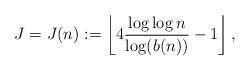
LaTeX: \begin{align*}J = J(n) := \left\lfloor 4 \frac{\log\log n}{\log(b(n))} -1\right\rfloor, \end{align*}